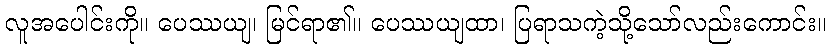
လူအပေါင်းကို။ ပေဿယျ၊ မြင်ရာ၏။ ပေဿယျထာ၊ ပြရာသကဲ့သို့သော်လည်းကောင်း။